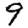
Digit: 9